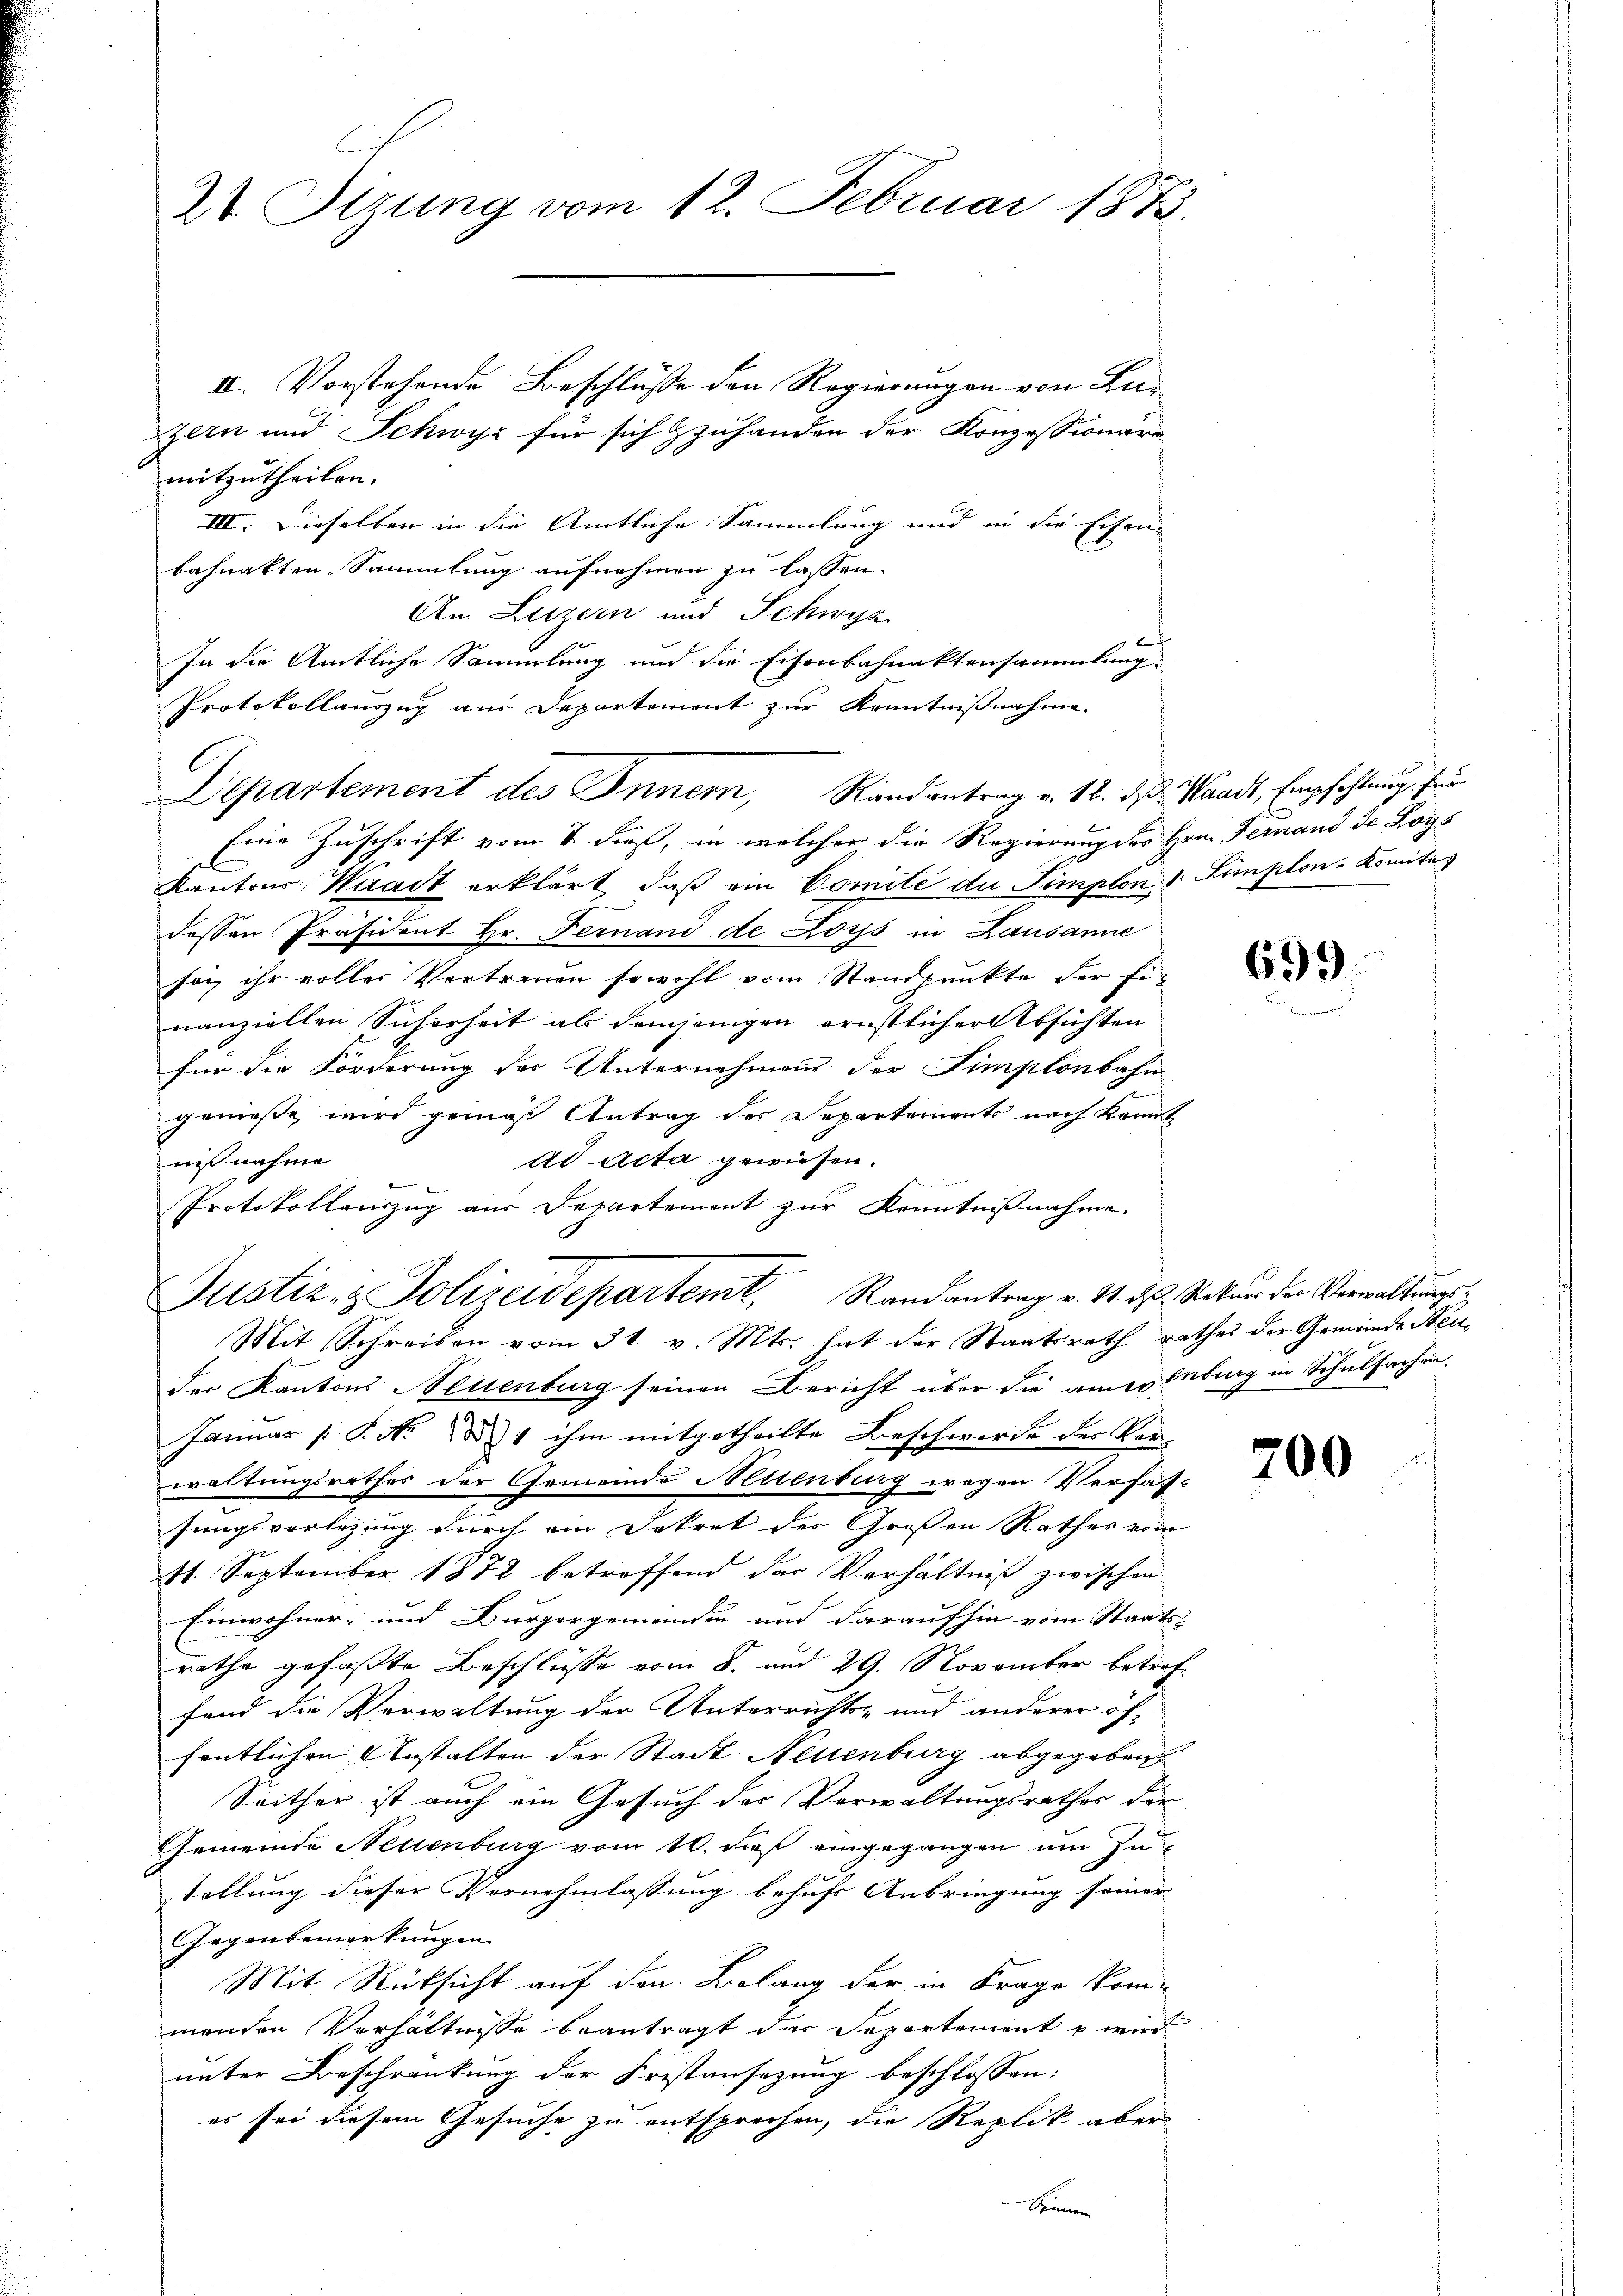
2t Sizung vom 12. Februar 1873.

II. Vorstehende Beschlüsse den Regierungen von Lu¬
Zern und Schwyz für sich zzuhanden der Konzessionäre
mitzutheilen.
III. Dieselben in die Amtliche Sammlung und in die Eisen-
bahnakten Sammlung aufnehmen zu lassen.
An Luzern und Schwyz
In die Amtliche Sammlung und die Eisenbahnaktensammlung.
Protokollauszug aus Departement zur Kenntnißnahme.
Eine Zuschrift vom 8. dieß, in welcher die Regierung der Hrn. Fernand de Logs
Kantons Waadt erklärt, daß ein Comité du Simplon 1 Simplon-Komita
dessen Präsident Hr. Fernand de Loys in Lausanne
sei ihr voller Vortrauen sowohl vom Standpunkte der Einanziellen Sicherheit als demjenigen ernstlicher Absichten
1.
für die Förderung der Unternehmens der Simplonbahn
genieße, wird gemäß Antrag der Departements nach konnt
ad Acta gewiesen.
nißnahme
Protokollauszug aus Departement zur Kenntnißnahme.
Justiz- & Polizeidepartemt. Randantrag v. M. dß. Natur der Verwaltungs¬
Mit Schreiben vom 31. v. Mts. hat der Staatsrath rathes der Gemeinde Steuder Kantons Neuenburg seinen Bericht über die amerenburg in Schulsachen.
Januar P. No 1 ihm mitgetheilte Beschwerde des Ver-
waltungsrathes der Gemeinde Neuenburg wegen Verfah
sungsvorlegung durch ein Dekret der Großen Rathes vom
11. September 1872 betreffend das Verhältniß zwischen
Einwohner- und Bürgergemeinden und daraufhin vom Staats-
rathe gefaßte Beschlüsse vom 8. und 29. November betroffand die Verwaltung der Unterrichts- und anderer öf-
fentlichen Anstalten der Stadt Neuenburg abgegeben.
Seither ist auch ein Gesuch der Verwaltungsrathes der
Gemeinde Nettenburg vom 10. dieß eingegangen um Zutellung dieser Vernehmlassung behufs Anbringung seiner
Gegenbemerkungen
Mit Rücksicht auf den Belang der in Frage kom-
menden Verhältnisse beantragt das Departement u wird
unter Beschränkung der Fristansazung beschlossen:
er sei diesem Gesuche zu entsprochen, die Replik aber

C

Departement des Inner, Randantrag v. 18. ds. Waadt, Empfehlung für

699

700